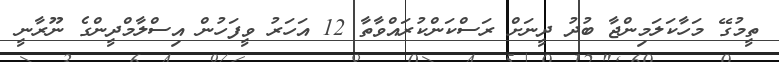
ތީމުގޭ މަހާކަލަމިންޖާ ބުދު ދީނަށް ރަސްކަންކުރައްވާތާ 12 އަހަރު ވީފަހުން އިސްލާމްދީންގެ ނޫރާނީ